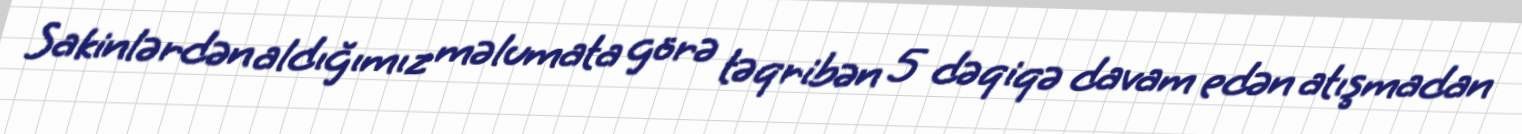
Sakinlərdən aldığımız məlumata görə təqribən 5 dəqiqə davam edən atışmadan